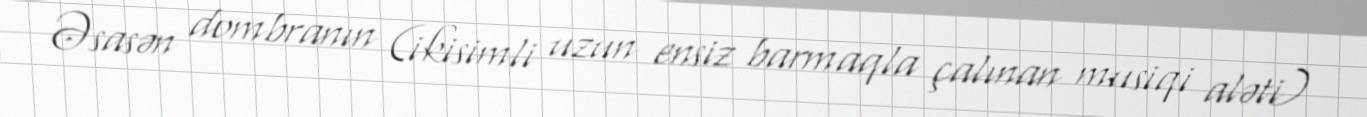
Əsasən dombranın (ikisimli uzun ensiz barmaqla çalınan musiqi aləti)